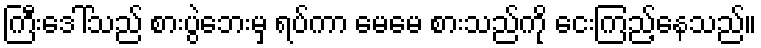
ကြီးဒေါ်သည် စားပွဲဘေးမှ ရပ်ကာ မေမေ စားသည်ကို ငေးကြည့်နေသည်။